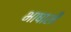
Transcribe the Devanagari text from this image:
भाषाशी